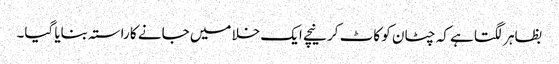
بظاہر لگتا ہے کہ چٹان کو کاٹ کر نیچے ایک خلا میں جانے کا راستہ بنایا گیا۔